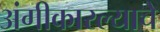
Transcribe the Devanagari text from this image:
अंगीकारल्याचे